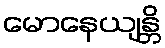
မောနေယျန္တိ